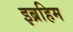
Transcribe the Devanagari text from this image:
इब्रहिम